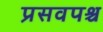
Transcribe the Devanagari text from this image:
प्रसवपश्च